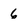
Character: 6